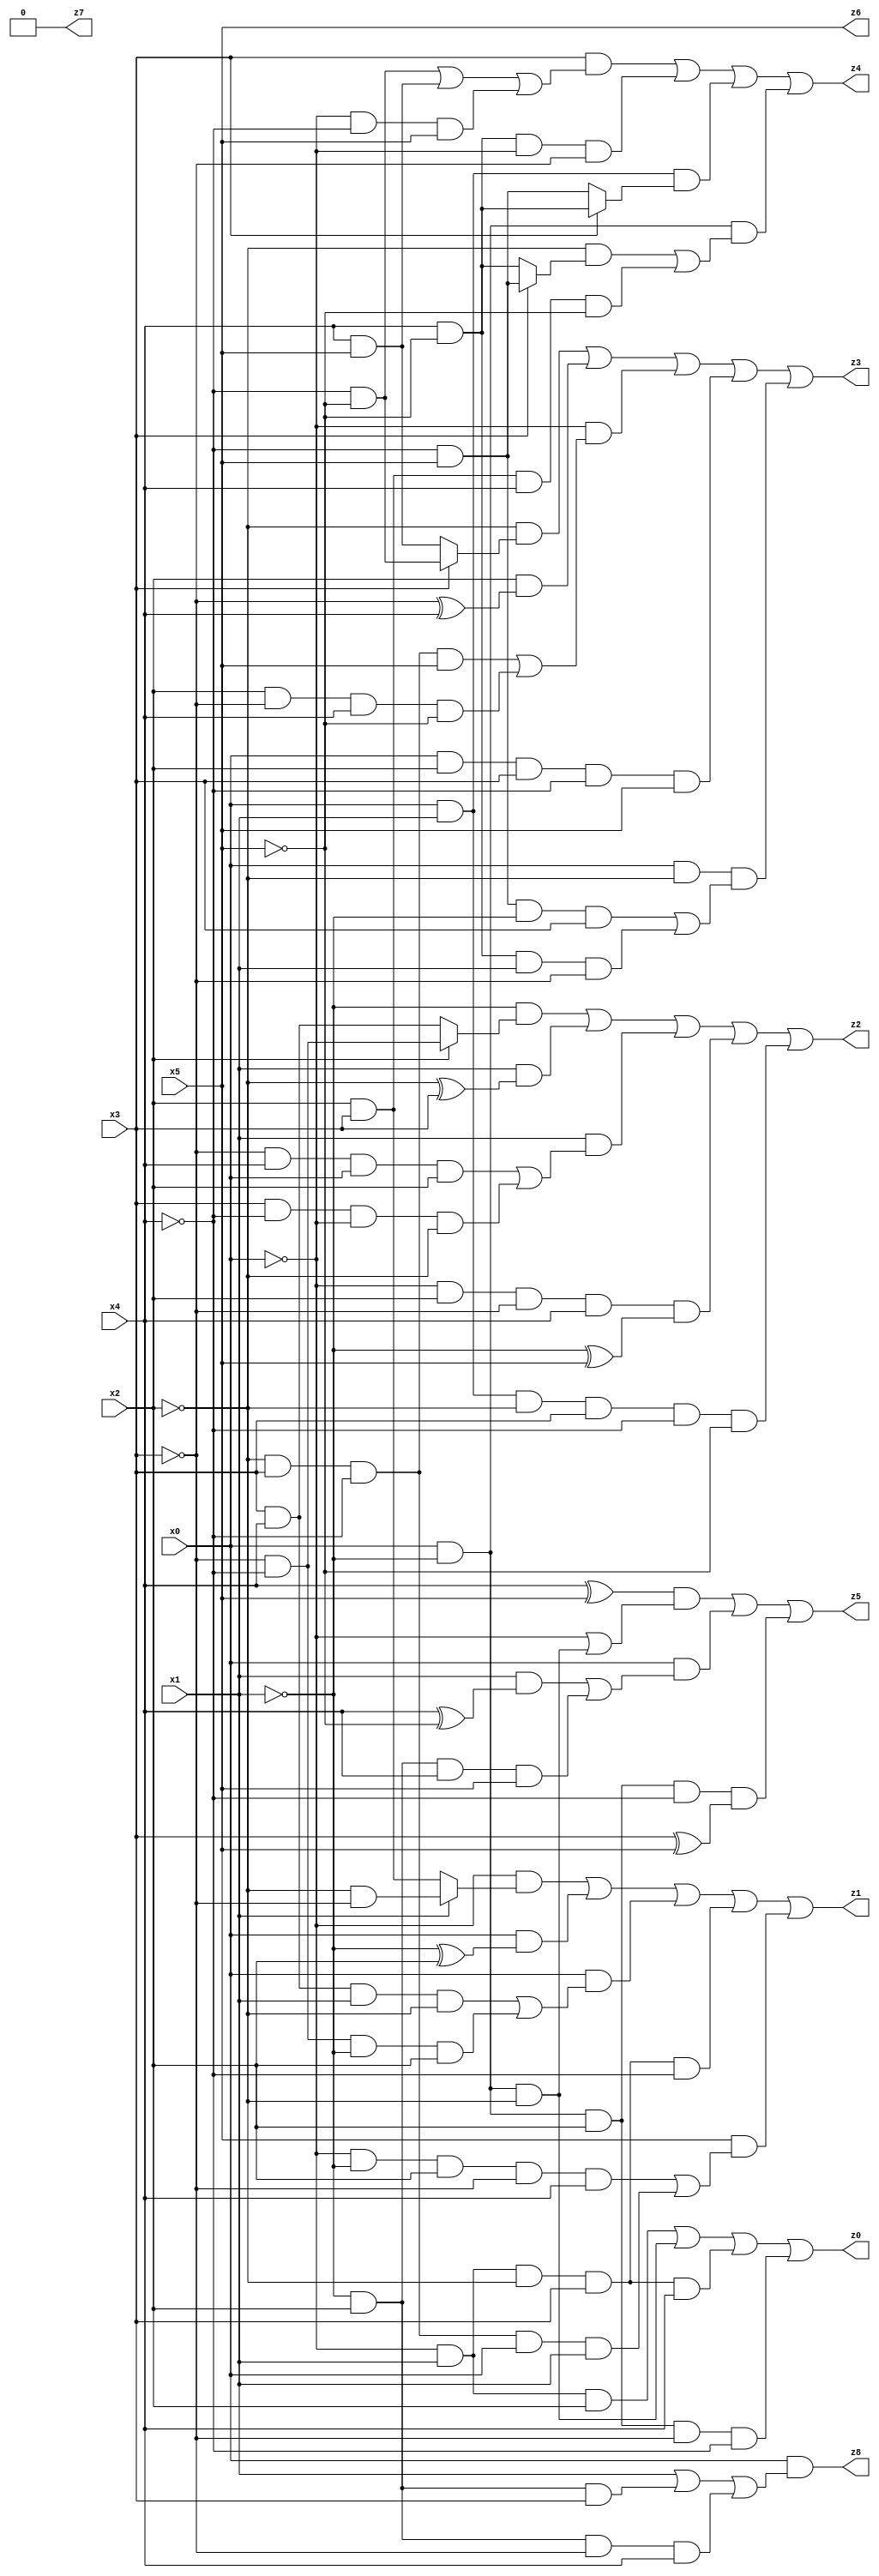
// Benchmark "X_23" written by ABC on Mon Jun 05 23:00:51 2023

module X_23 ( 
    x0, x1, x2, x3, x4, x5,
    z0, z1, z2, z3, z4, z5, z6, z7, z8  );
  input  x0, x1, x2, x3, x4, x5;
  output z0, z1, z2, z3, z4, z5, z6, z7, z8;
  assign z0 = (~x0 & x1 & x2) | (x0 & ~x1 & ~x2) | (~x0 & x1 & ~x2 & x3 & x4) | (x0 & ~x1 & x2 & ~x3 & ~x4);
  assign z1 = (~x0 & (x1 ? (~x2 & ~x3) : (x2 & x3))) | (x0 & (~x1 ^ x2)) | (x0 & ((x3 & x4 & x1 & ~x2) | (~x3 & ~x4 & ~x1 & x2))) | (~x0 & x1 & ~x2 & x3 & ~x4) | (x5 & ((~x0 & ~x1 & x2 & ~x3 & x4) | (~x2 & x3 & ~x4 & x0 & x1)));
  assign z2 = (~x1 & (x2 ? (~x3 & ~x4) : (x3 & x4))) | (x1 & (~x2 ^ x3)) | (x1 & ((~x3 & x4 & x0 & x2) | (x3 & ~x4 & ~x0 & ~x2))) | (~x0 & x2 & ~x3 & x4 & (~x1 ^ x5)) | (x0 & x1 & ~x2 & x3 & ~x4 & ~x5);
  assign z3 = (~x2 & (x3 ? (~x4 & ~x5) : (x4 & x5))) | (x2 & (~x3 ^ x4)) | (~x0 & ((~x2 & x3 & ~x4 & x5) | (x2 & ~x3 & x4 & ~x5))) | (x0 & x2 & x3 & ~x4 & x5) | (x0 & ~x2 & ((~x4 & x5 & ~x1 & x3) | (x4 & ~x5 & x1 & ~x3)));
  assign z4 = (x3 & ((~x4 & ~x5) | (x4 & x5) | (~x0 & ~x4 & x5))) | (x4 & ~x5 & ~x0 & ~x3) | (x0 & x1 & (x3 ? (x4 & ~x5) : (~x4 & x5))) | (x0 & ~x1 & ((~x2 & (x3 ? (~x4 & x5) : (x4 & ~x5))) | (x2 & x3 & x4 & ~x5)));
  assign z5 = ((x4 ^ x5) & (~x0 | (x0 & ~x1 & ~x2))) | (x0 & ((x1 & (x4 ^ ~x5)) | (~x1 & x2 & x4 & x5))) | (x0 & ~x1 & x2 & ~x4 & (x3 ^ x5));
  assign z6 = x5;
  assign z7 = 1'b0;
  assign z8 = x0 & (x1 | (~x1 & x2 & x3) | (~x1 & x2 & ~x3 & x4));
endmodule